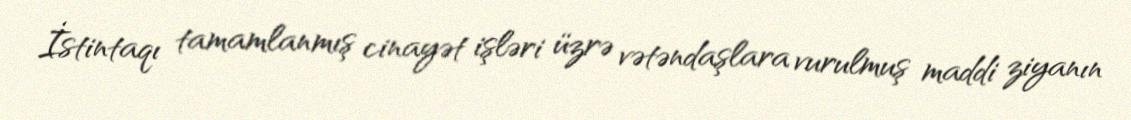
İstintaqı tamamlanmış cinayət işləri üzrə vətəndaşlara vurulmuş maddi ziyanın